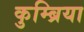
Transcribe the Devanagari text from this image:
कुम्ब्रिया